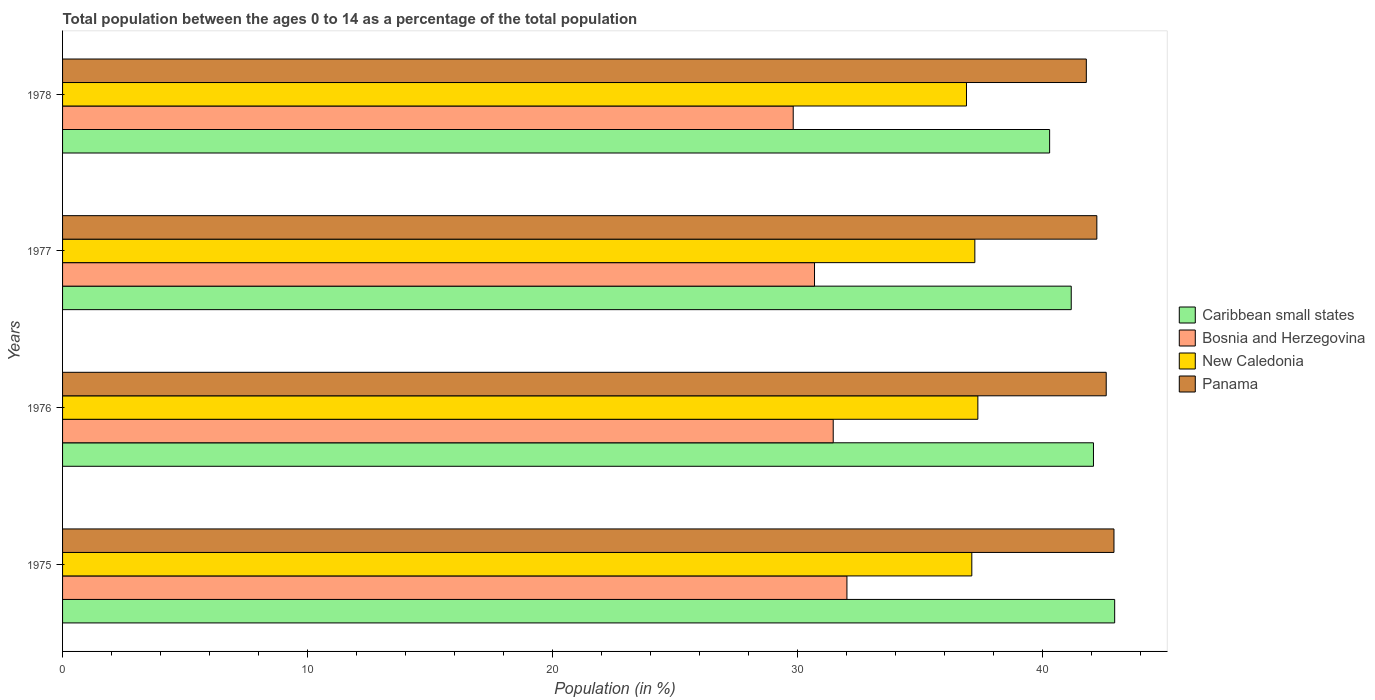
| Years | Caribbean small states | Bosnia and Herzegovina | New Caledonia | Panama |
 | --- | --- | --- | --- | --- |
 | 1975 | 43 | 32 | 37.1 | 42.9 |
 | 1976 | 42.1 | 31.5 | 37.4 | 42.6 |
 | 1977 | 41.2 | 30.7 | 37.2 | 42.2 |
 | 1978 | 40.3 | 29.8 | 36.9 | 41.8 |